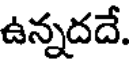
ఉన్నదదే.